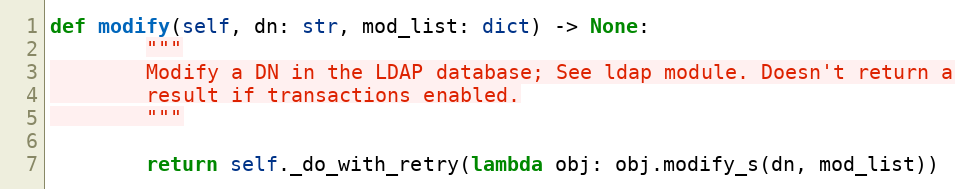
Language: Python
def modify(self, dn: str, mod_list: dict) -> None:
        """
        Modify a DN in the LDAP database; See ldap module. Doesn't return a
        result if transactions enabled.
        """

        return self._do_with_retry(lambda obj: obj.modify_s(dn, mod_list))